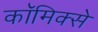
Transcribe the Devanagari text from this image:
काॅमिक्से